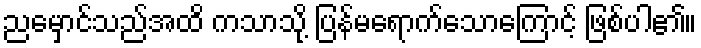
ညမှောင်သည်အထိ ကသာသို့ ပြန်မရောက်သောကြောင့် ဖြစ်ပါ၏။